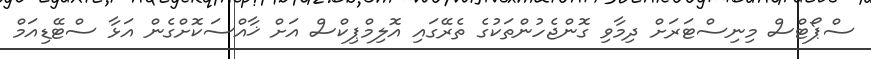
ސްޕޯޓްސް މިނިސްޓަރަށް ދިމާވި ގޮންޖެހުންތަކުގެ ތެރޭގައި އޮލިމްޕިކްސް އަށް ޚާއްސަކޮށްގެން އަޅާ ސްޓޭޑިއަމް